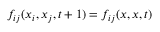
f _ { i j } ( x _ { i } , x _ { j } , t + 1 ) = f _ { i j } ( x , x , t )